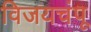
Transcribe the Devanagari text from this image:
विजयचंपू